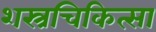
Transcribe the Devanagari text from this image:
शस्त्रचिकित्सा